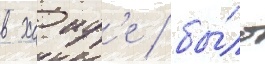
в хаиф'е / бы́ло